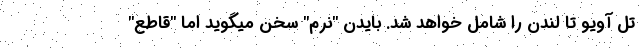
تل آویو تا لندن را شامل خواهد شد. بایدن "نرم" سخن میگوید اما "قاطع"